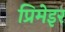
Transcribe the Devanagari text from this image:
प्रिमेइर